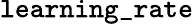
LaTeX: \mathtt{learning\_ rate}